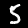
Label: 5